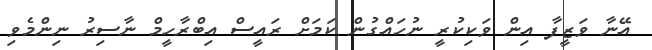
އޭނާ ވަޒީފާ އިން ވަކިކުރީ ނުހައްގުން ކަމަށް ރައީސް އިބްރާހީމް ނާސިރު ނިންމެވި